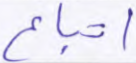
اتباع